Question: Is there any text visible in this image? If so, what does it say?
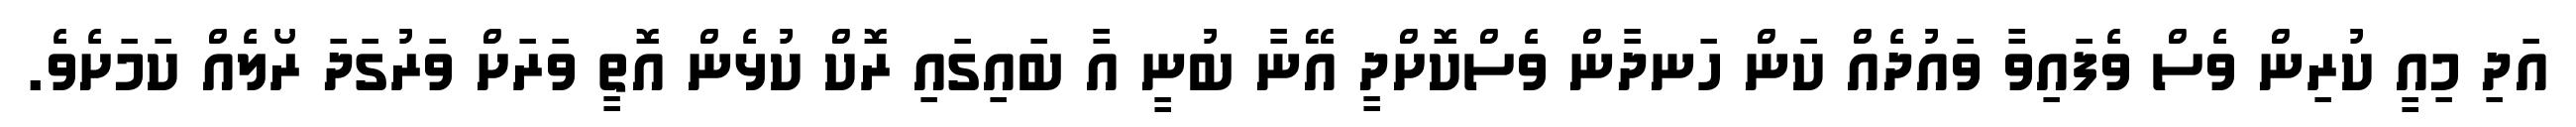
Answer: އަދި މިއީ ކުރިން ވެސް ވެފައިވާ ވައުދެއް ކަން ހަނދާން ވެސްކޮށްދީ އޭނާ ބުނީ އާ ބައިގައި ރޮކް ކުޅެން އޮތީ ވަރަށް ވަރުގަދަ ރޯލެއް ކަމަށެވެ.